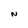
Character: N